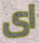
اى